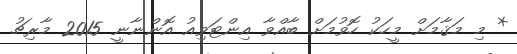
* މި މަޤާމަށް މީހަކު ހޮވުމަށް ބާއްވާ އިންޓަވިއު އޮންނާނީ 2015 މާރިޗު